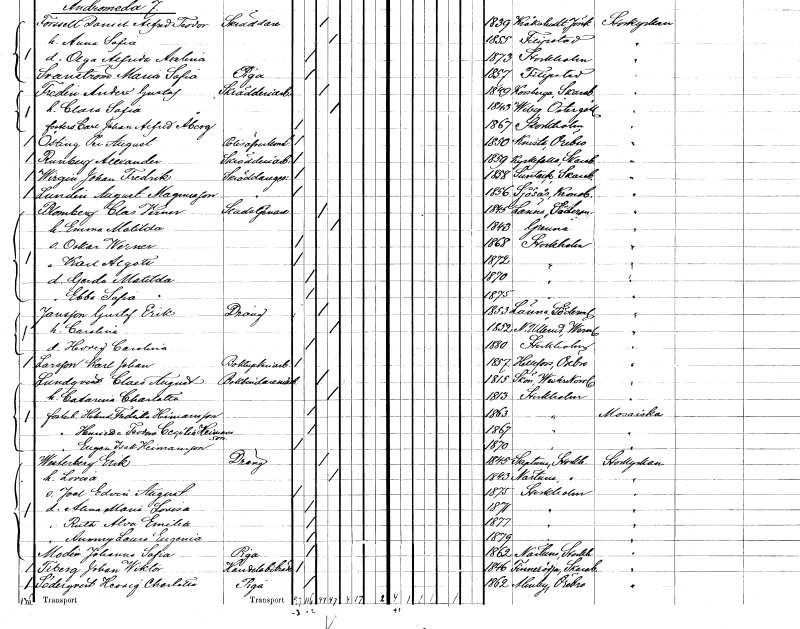
gt_parse: households: individuals: FN: August
EN: Lundin Magnusson
YRKE: Skräddaregesäll
KON: M
CIV: O
FODAR: 1856
FODFORS: Sjösås Kronobergs län
FN: Clas Verner
EN: Blomberg
YRKE: Stadstjänare
KON: M
CIV: G
FODAR: 1845
FODFORS: Länna Södermanlands län
FN: Emma Matilda
KON: K
CIV: G
FODAR: 1843
FODFORS: Gränna Jönköpings län
FN: Oskar Werner
KON: M
CIV: O
FODAR: 1868
FODFORS: Stockholm
FN: Karl August
KON: M
CIV: O
FODAR: 1872
FODFORS: Stockholm
FN: Gerda Matilda
KON: K
CIV: O
FODAR: 1870
FODFORS: Stockholm
FN: Ebba Sofia
KON: K
CIV: O
FODAR: 1875
FODFORS: Stockholm
FN: Gustaf Erik
EN: Jansson
YRKE: Dräng
KON: M
CIV: G
FODAR: 1853
FODFORS: Länna Södermanlands län
FN: Carolina
KON: K
CIV: G
FODAR: 1852
FODFORS: Nedre Ullerud Värmlands län
FN: Hedvig Carolina
KON: K
CIV: O
FODAR: 1880
FODFORS: Stockholm
FN: Karl Johan
EN: Larsson
YRKE: Boktryckeriarbetare
KON: M
CIV: O
FODAR: 1857
FODFORS: Hällefors Örebro län
FN: Claes August
EN: Lundqvist
YRKE: Bokbinderimästare
KON: M
CIV: G
FODAR: 1815
FODFORS: Skön Västernorrlands län
FN: Catarina Charlotta
KON: K
CIV: G
FODAR: 1813
FODFORS: Stockholm
FN: Helena Fredrika
EN: Hermansson
KON: K
CIV: O
FODAR: 1863
FODFORS: Stockholm
FN: Henrietta Teodora Cecilia
EN: Hermansson
KON: K
CIV: O
FODAR: 1867
FODFORS: Stockholm
FN: Eugen Isak
EN: Hermansson
KON: M
CIV: O
FODAR: 1870
FODFORS: Stockholm
FN: Erik
EN: Westerberg
YRKE: Dräng
KON: M
CIV: G
FODAR: 1845
FODFORS: Skepptuna Stockholms län
FN: Lovisa
KON: K
CIV: G
FODAR: 1843
FODFORS: Närtuna Stockholms län
FN: Joel Edvin August
KON: M
CIV: O
FODAR: 1875
FODFORS: Stockholm
FN: Alena Maria Lovisa
KON: K
CIV: O
FODAR: 1871
FODFORS: Stockholm
FN: Ruth Alva Emilia
KON: K
CIV: O
FODAR: 1877
FODFORS: Stockholm
FN: Ammy Louice Eugenia
KON: K
CIV: O
FODAR: 1879
FODFORS: Stockholm
FN: Johanna Sofia
EN: Modin
YRKE: Piga
KON: K
CIV: O
FODAR: 1862
FODFORS: Närtuna Stockholms län
FN: Johan Wiktor
EN: Tiberg
YRKE: Handelsbiträde
KON: M
CIV: O
FODAR: 1846
FODFORS: Finnerödja Örebro län
FN: Hedvig Charlotta
EN: Söderqvist
YRKE: Piga
KON: K
CIV: O
FODAR: 1862
FODFORS: Almby Örebro län